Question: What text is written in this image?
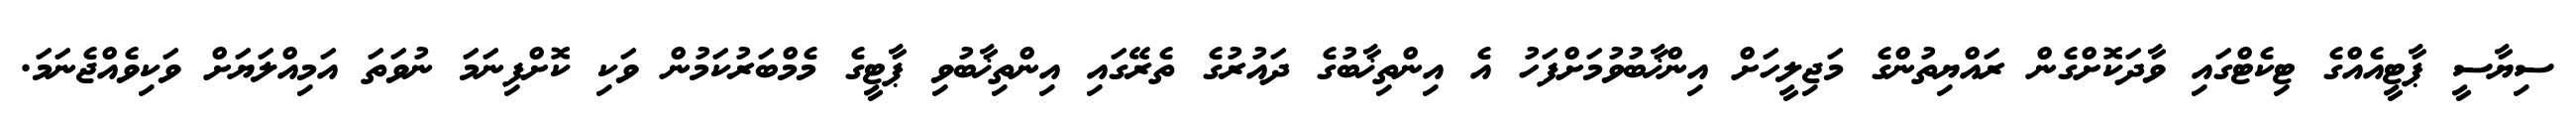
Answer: ސިޔާސީ ޕާޓީއެއްގެ ޓިކެޓްގައި ވާދަކޮށްގެން ރައްޔިތުންގެ މަޖިލީހަށް އިންޚާބުވުމަށްފަހު އެ އިންތިޚާބުގެ ދައުރުގެ ތެރޭގައި އިންތިޚާބުވި ޕާޓީގެ މެމްބަރުކަމުން ވަކި ކޮށްފިނަމަ ނުވަތަ އަމިއްލަޔަށް ވަކިވެއްޖެނަމަ.